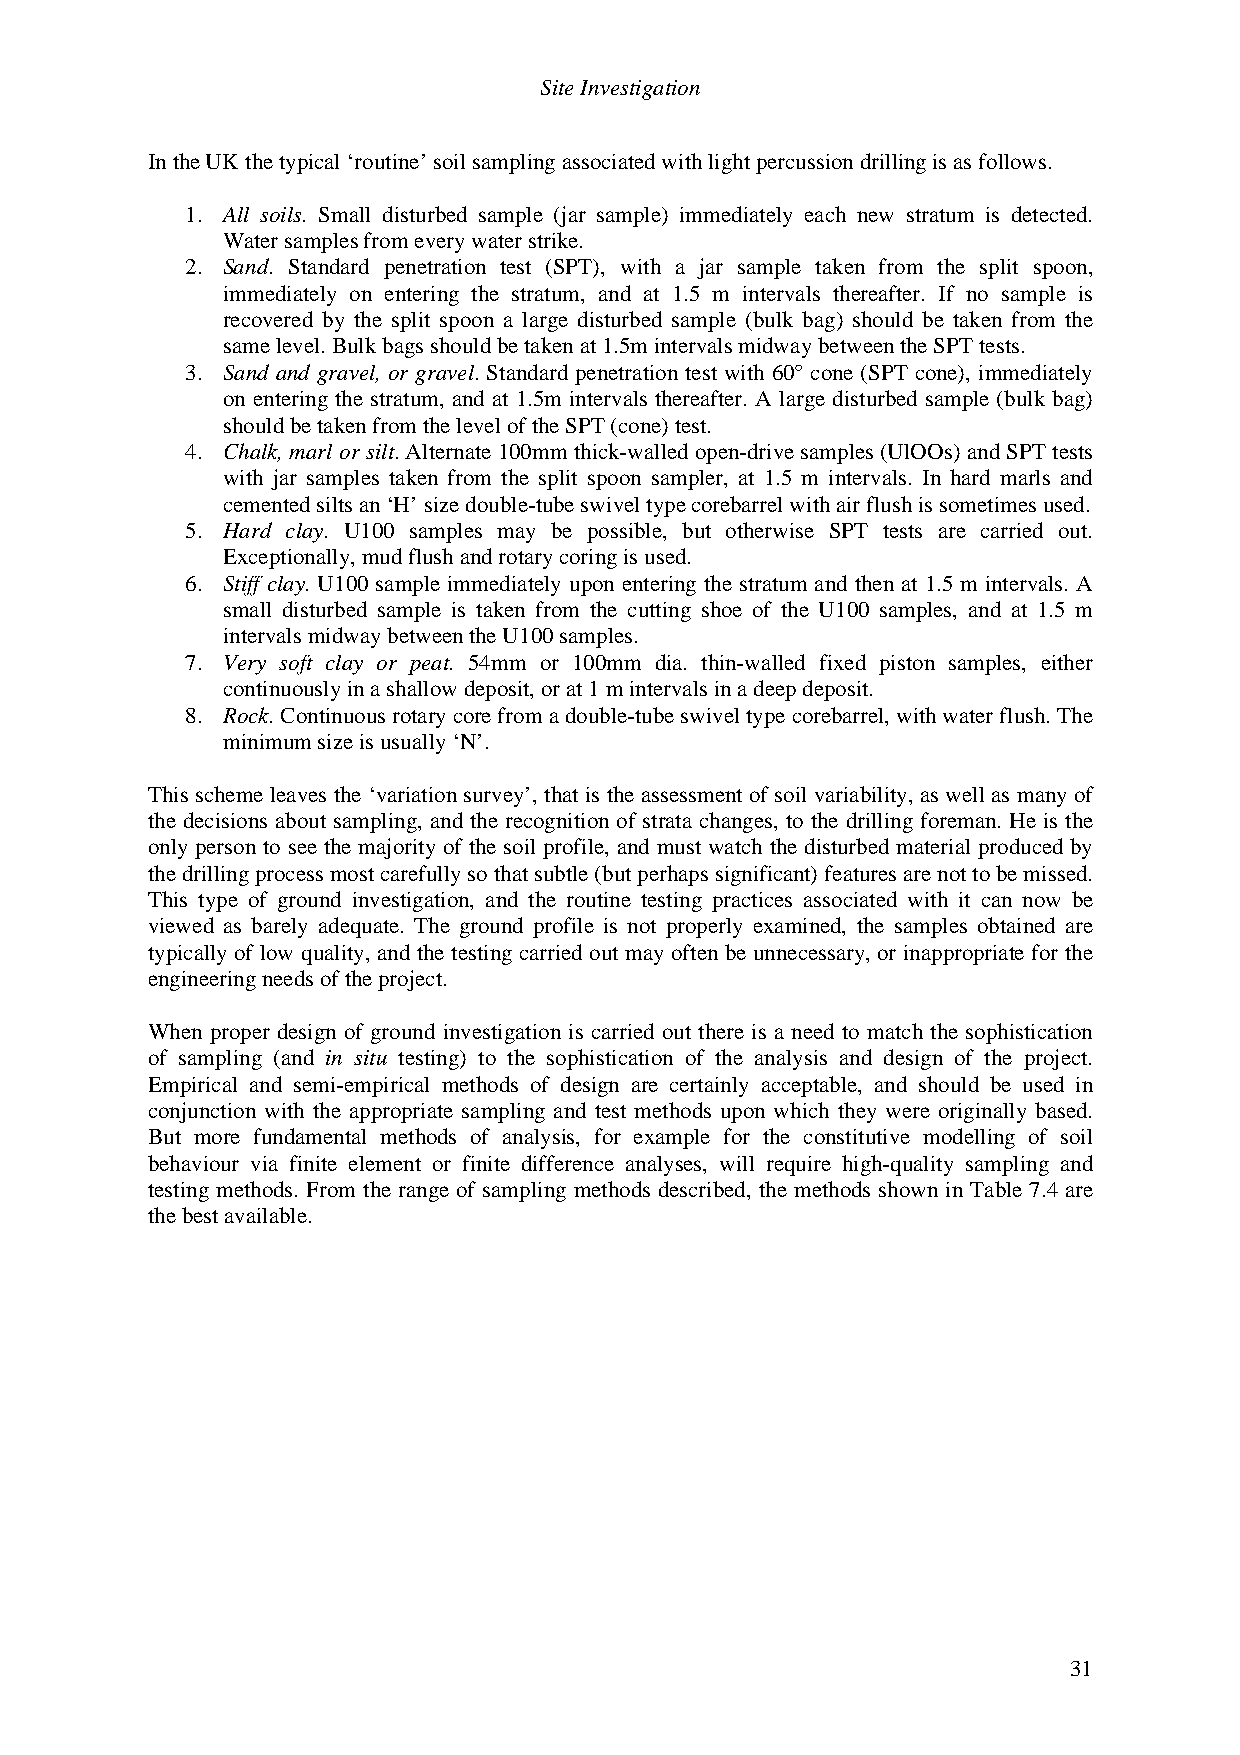
Site Investigation
 In the UK the typical ‘routine’ soil sampling associated with light percussion drilling is as follows.
 1. All soils. Small disturbed sample (jar sample) immediately each new stratum is detected.
 Water samples from every water strike.
 2. Sand. Standard penetration test (SPT), with a jar sample taken from the split spoon,
 immediately on entering the stratum, and at 1.5 m intervals thereafter. If no sample is
 recovered by the split spoon a large disturbed sample (bulk bag) should be taken from the
 same level. Bulk bags should be taken at 1.5m intervals midway between the SPT tests.
 3. Sand and gravel, or gravel. Standard penetration test with 60° cone (SPT cone), immediately
 on entering the stratum, and at 1.5m intervals thereafter. A large disturbed sample (bulk bag)
 should be taken from the level of the SPT (cone) test.
 4. Chalk, marl or silt. Alternate 100mm thick-walled open-drive samples (UlOOs) and SPT tests
 with jar samples taken from the split spoon sampler, at 1.5 m intervals. In hard marls and
 cemented silts an ‘H’ size double-tube swivel type corebarrel with air flush is sometimes used.
 5. Hard clay. U100 samples may be possible, but otherwise SPT tests are carried out.
 Exceptionally, mud flush and rotary coring is used.
 6. Stiff clay. U100 sample immediately upon entering the stratum and then at 1.5 m intervals. A
 small disturbed sample is taken from the cutting shoe of the U100 samples, and at 1.5 m
 intervals midway between the U100 samples.
 7. Very soft clay or peat. 54mm or 100mm dia. thin-walled fixed piston samples, either
 continuously in a shallow deposit, or at 1 m intervals in a deep deposit.
 8. Rock. Continuous rotary core from a double-tube swivel type corebarrel, with water flush. The
 minimum size is usually ‘N’.
 This scheme leaves the ‘variation survey’, that is the assessment of soil variability, as well as many of
 the decisions about sampling, and the recognition of strata changes, to the drilling foreman. He is the
 only person to see the majority of the soil profile, and must watch the disturbed material produced by
 the drilling process most carefully so that subtle (but perhaps significant) features are not to be missed.
 This type of ground investigation, and the routine testing practices associated with it can now be
 viewed as barely adequate. The ground profile is not properly examined, the samples obtained are
 typically of low quality, and the testing carried out may often be unnecessary, or inappropriate for the
 engineering needs of the project.
 When proper design of ground investigation is carried out there is a need to match the sophistication
 of sampling (and in situ testing) to the sophistication of the analysis and design of the project.
 Empirical and semi-empirical methods of design are certainly acceptable, and should be used in
 conjunction with the appropriate sampling and test methods upon which they were originally based.
 But more fundamental methods of analysis, for example for the constitutive modelling of soil
 behaviour via finite element or finite difference analyses, will require high-quality sampling and
 testing methods. From the range of sampling methods described, the methods shown in Table 7.4 are
 the best available.
 31